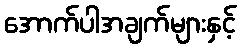
အောက်ပါအချက်များနှင့်